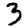
Digit: 3